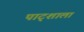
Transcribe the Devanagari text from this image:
पाट्शाला